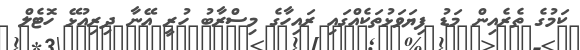
ކަމުގެ ތެރެއިން މަޑު ފިޔަވަޅުތަކެއްގައި ރައިހާގެ މިސްރާބު ހުރީ އޭނާ ދިރިއުޅޭ ހޮޓެލް